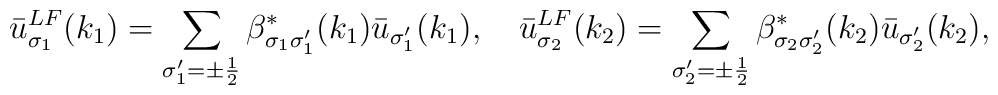
\bar{u}^{LF}_{\sigma_1}(k_1)=\sum_{\sigma'_1=\pm\frac{1}{2}}\beta^*_{\sigma_1\sigma'_1}(k_1)\bar{u}_{\sigma'_1}(k_1),\quad\bar{u}^{LF}_{\sigma_2}(k_2)=\sum_{\sigma'_2=\pm\frac{1}{2}}\beta^*_{\sigma_2\sigma'_2}(k_2)\bar{u}_{\sigma'_2}(k_2),